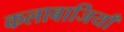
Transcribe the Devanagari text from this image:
कलाबाजियाँ